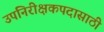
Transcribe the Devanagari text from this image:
उपनिरीक्षकपदासाठी